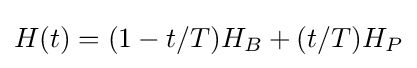
H(t)=(1-t/T)H_{B}+(t/T)H_{P}